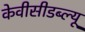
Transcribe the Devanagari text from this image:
केवीसीडब्ल्यू